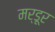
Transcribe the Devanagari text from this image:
मर्डूर